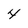
Character: 4